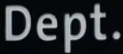
Dept.